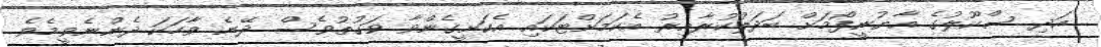
އަދި ސްކޫލުގެ އާޔުނީފޯމަށް ބަދަލުކުރާއިރު އެކަމަށްޓަކައި އެކަށީގެންވާ ވަގުތުވެސް ދޭނެ ވާހަކަ ދެންނެވީމެވެ.